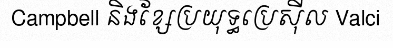
Campbell និងខ្សែប្រយុទ្ធប្រេស៊ីល Valci